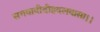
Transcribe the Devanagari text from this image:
सगवावीदीहदलवासा।।